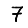
Digit: 7